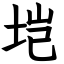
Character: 垲